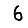
Digit: 6